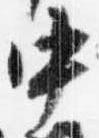
中